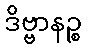
ဒိဗ္ဗာနဉ္စ